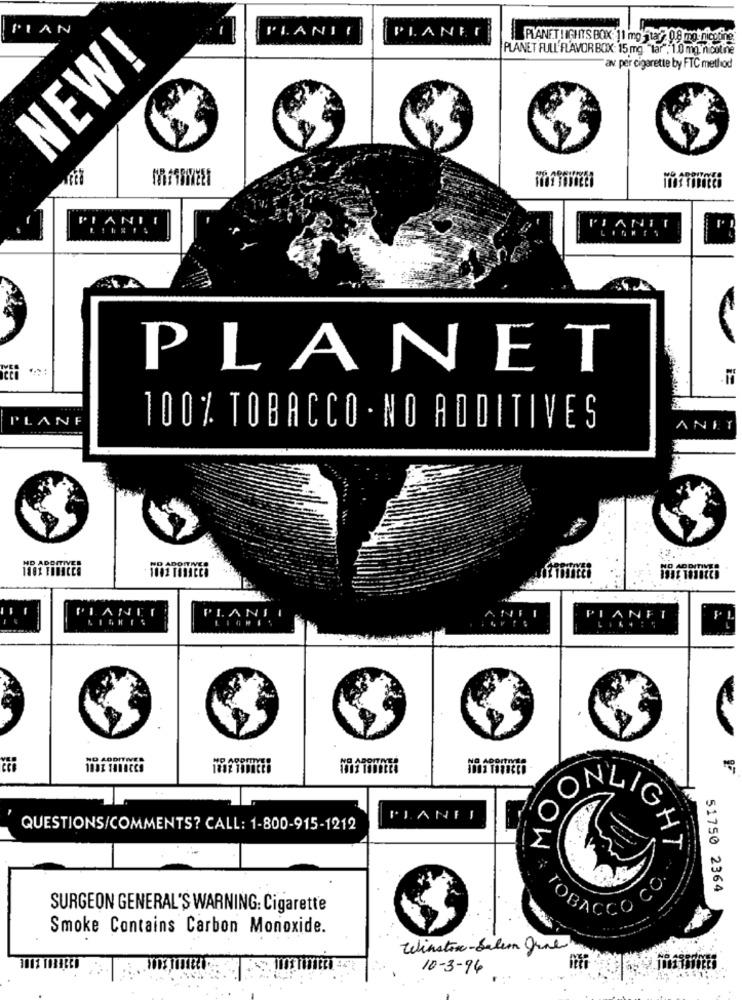
PIAN
PLANIE
PLANET
PLANET LIGHTS BOX: 11 mg itar? 0.8 mg· nicotine
PLANET FULL FLAVOR BOX: 15 mg. "tar"; 1.0 mg nicotine
NEW!
av. per cigarette by FTC method
LAN
PLANET
PLANF
100% TOBACCO · NO ADDITIVES
ND ADDITIVER
11
PLANE
PLANII
PLANET
O
PLANEI
QUESTIONS/COMMENTS? CALL: 1-800-915-1212
OW
ALIGHT
51750 2364
SURGEON GENERAL'S WARNING: Cigarette
TOBAC
Smoke Contains Carbon Monoxide.
Winston- Salem gral
10-3-94